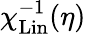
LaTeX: \chi_{\mathrm{Lin}}^{-1}(\eta)